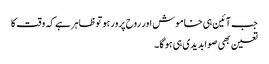
جب آئین ہی خاموش اور روح پرور ہو توظاہرہے کہ وقت کا
تعین بھی صوابدیدی ہی ہو گا ۔